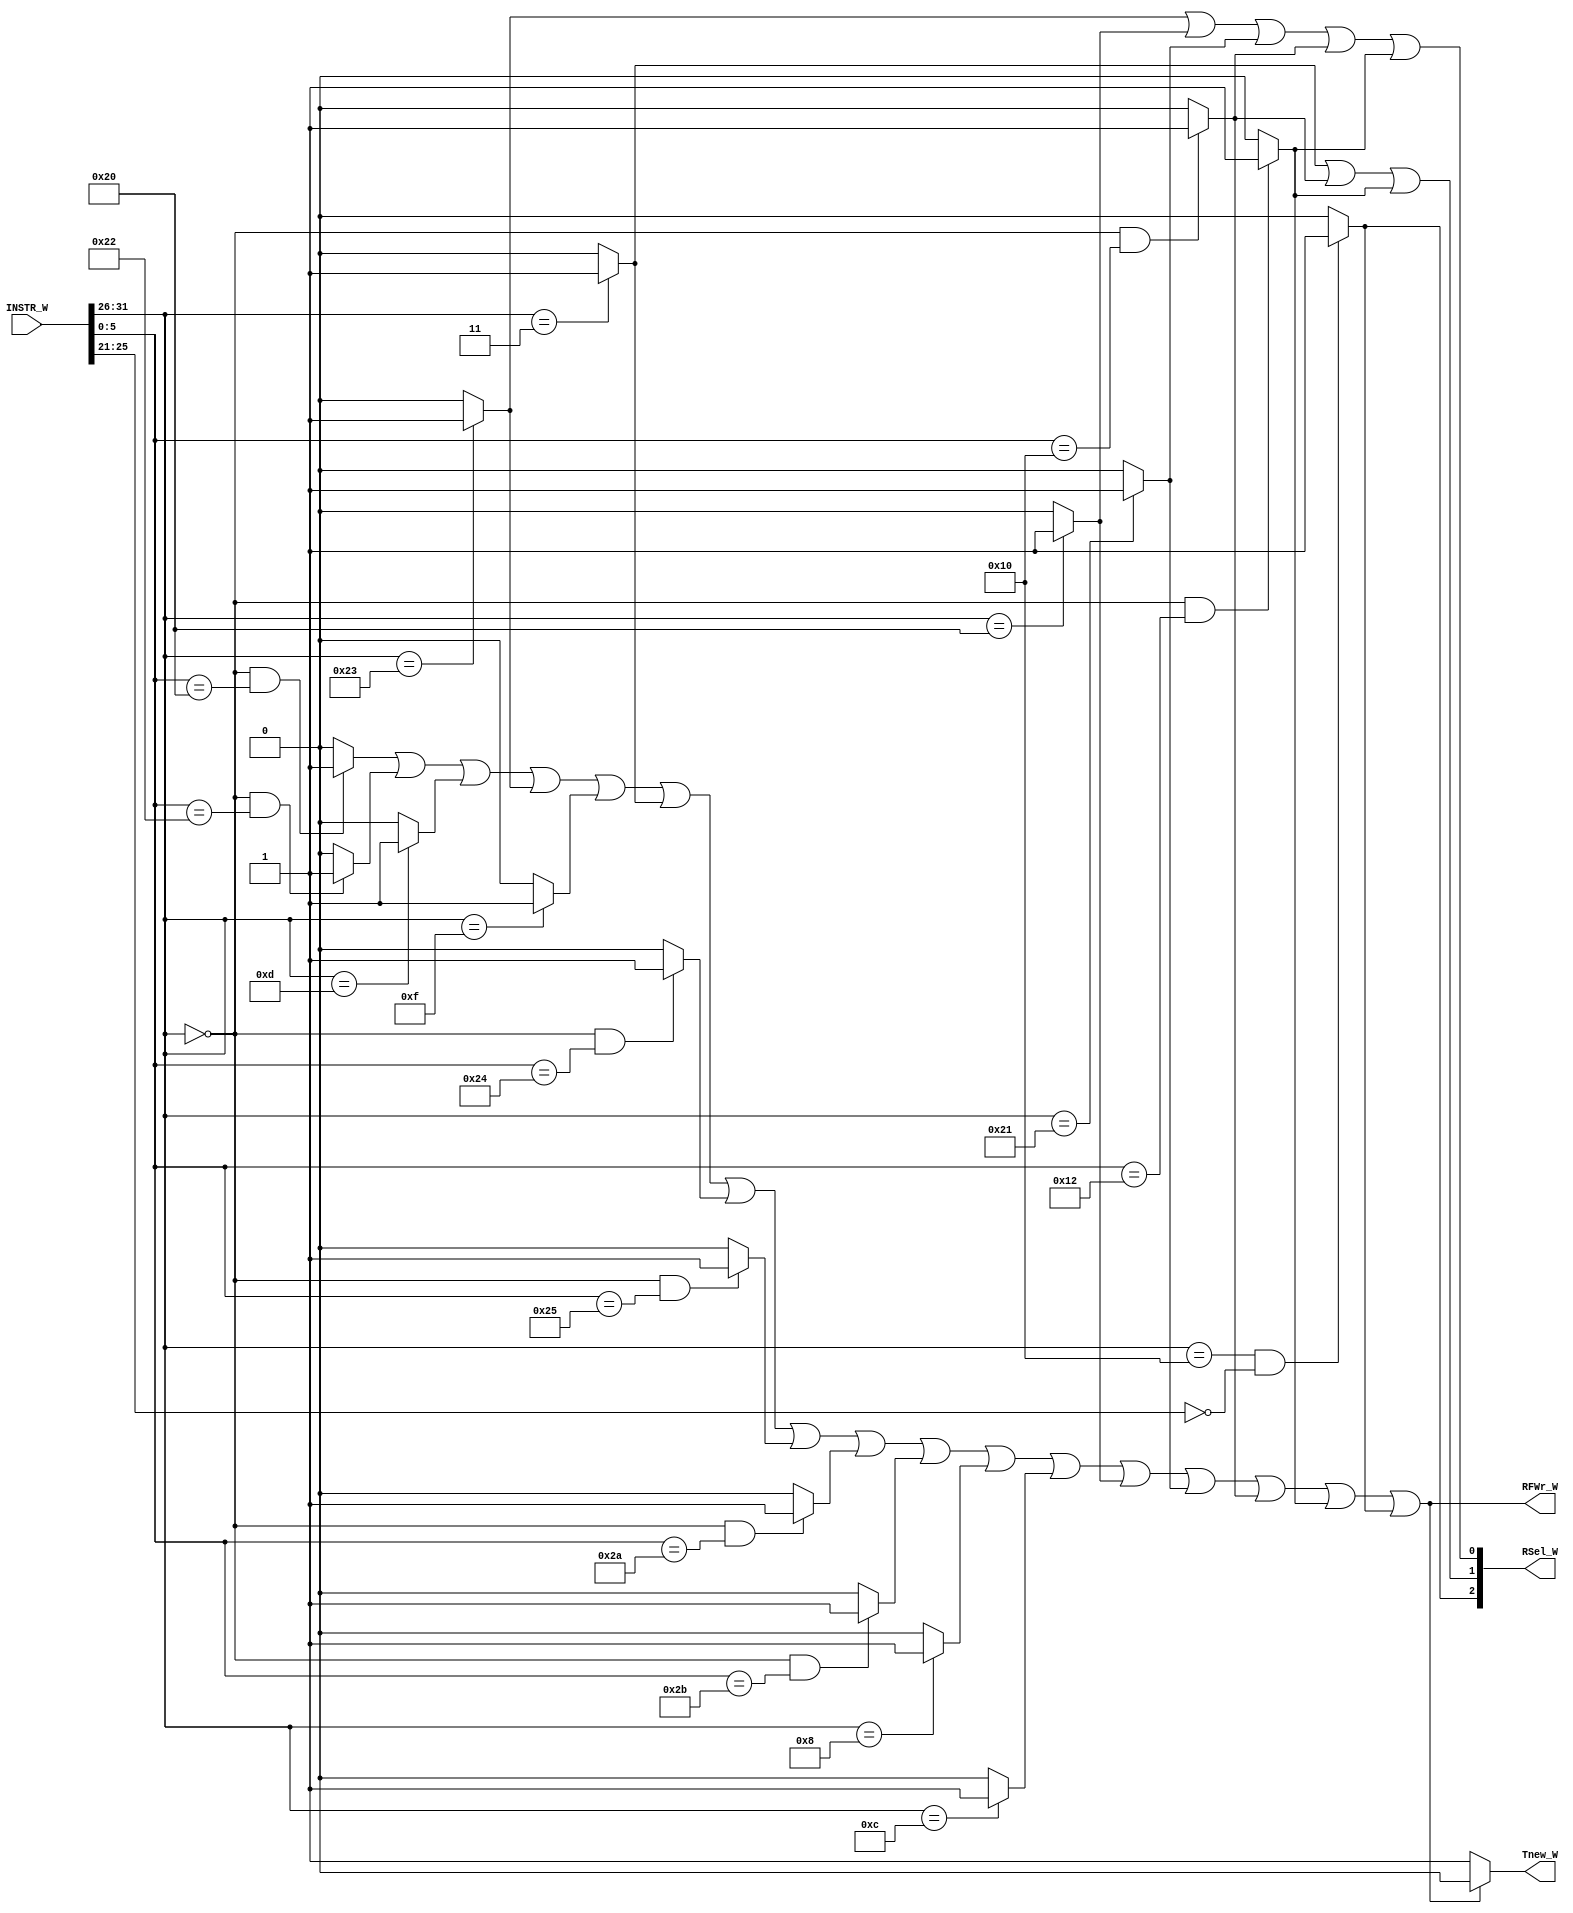
`timescale 1ns / 1ps
//////////////////////////////////////////////////////////////////////////////////
// Company: 
// Engineer: 
// 
// Design Name: 
// Module Name:    W_CONTROLLER 
// Project Name: 
// Target Devices: 
// Tool versions: 
// Description: 
//
// Dependencies: 
//
// Revision: 
// Revision 0.01 - File Created
// Additional Comments: 
//
//////////////////////////////////////////////////////////////////////////////////
module W_CONTROLLER(
    input [31:0] INSTR_W,
    output RFWr_W,
    output [2:0] RSel_W,
	 output Tnew_W
    );

wire add, sub, ori, lw, sw, lui, jal, jr, beq;
wire bne, andd, orr, slt, sltu, addi, andi;
wire lb, lh, sb, sh;
wire mult, multu, div, divu, mfhi, mflo, mthi, mtlo;

wire [5:0] opcode;
wire [5:0] func;
wire [4:0] rs;

assign opcode = INSTR_W[31:26];
assign func = INSTR_W[5:0];
assign rs = INSTR_W[25:21];

assign add = (opcode == 6'b000000 && func == 6'b100000)? 1 : 0;
assign sub = (opcode == 6'b000000 && func == 6'b100010)? 1 : 0;
assign ori = (opcode == 6'b001101)? 1 : 0;
assign lw = (opcode == 6'b100011)? 1 : 0;
assign sw = (opcode == 6'b101011)? 1 : 0;
assign beq = (opcode == 6'b000100)? 1 : 0;
assign lui = (opcode == 6'b001111)? 1 : 0;
assign jal = (opcode == 6'b000011)? 1 : 0;
assign jr = (opcode == 6'b000000 && func == 6'b001000)? 1 : 0;

assign bne = (opcode == 6'b000101)? 1 : 0;
assign andd = (opcode == 6'b000000 && func == 6'b100100)? 1 : 0;
assign orr = (opcode == 6'b000000 && func == 6'b100101)? 1 : 0;
assign slt = (opcode == 6'b000000 && func == 6'b101010)? 1 : 0;
assign sltu = (opcode == 6'b000000 && func == 6'b101011)? 1 : 0;
assign addi = (opcode == 6'b001000)? 1 : 0;
assign andi = (opcode == 6'b001100)? 1 : 0;

assign lb = (opcode == 6'b100000)? 1 : 0;
assign lh = (opcode == 6'b100001)? 1 : 0;
assign sb = (opcode == 6'b101000)? 1 : 0;
assign sh = (opcode == 6'b101001)? 1 : 0;

assign mult = (opcode == 6'b000000 && func == 6'b011000)? 1 : 0;
assign multu = (opcode == 6'b000000 && func == 6'b011001)? 1 : 0;
assign div = (opcode == 6'b000000 && func == 6'b011010)? 1 : 0;
assign divu = (opcode == 6'b000000 && func == 6'b011011)? 1 : 0;
assign mfhi = (opcode == 6'b000000 && func == 6'b010000)? 1 : 0;
assign mflo = (opcode == 6'b000000 && func == 6'b010010)? 1 : 0;
assign mthi = (opcode == 6'b000000 && func == 6'b010001)? 1 : 0;
assign mtlo = (opcode == 6'b000000 && func == 6'b010011)? 1 : 0;

//P7
wire mfc0, mtc0;
wire eret;
wire syscall;
assign mfc0 = (opcode == 6'b010000 && rs == 5'b00000) ? 1 : 0;
assign mtc0 = (opcode == 6'b010000 && rs == 5'b00100) ? 1 : 0;
assign eret = (opcode == 6'b010000 && func == 6'b011000 && INSTR_W[25:6] == 20'h80000) ? 1 : 0;
assign syscall = (opcode == 6'b000000 && func == 6'b001100) ? 1 : 0;

assign RFWr_W = add | sub | ori | lw | lui | jal | andd | orr | slt | sltu | addi | andi | lb | lh | mfhi | mflo | mfc0;
assign RSel_W[0] = lw | lb | lh | mfhi | mflo;
assign RSel_W[1] = jal | mfhi | mflo; 
assign RSel_W[2] = mfc0;
assign Tnew_W = (add | sub | ori | lw | lui | jal | andd | orr | slt | sltu | addi | andi | lb | lh | mfhi | mflo | mfc0 == 1) ? 0 : 1;
endmodule